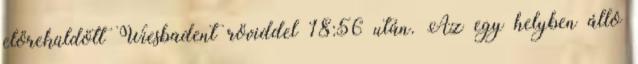
előreküldött Wiesbadent röviddel 18:56 után. Az egy helyben álló